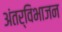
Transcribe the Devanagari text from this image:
अंतर्विभाजन